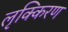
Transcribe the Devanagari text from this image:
लृक्किरण